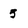
Character: 5